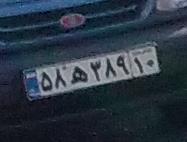
۵۸ه۳۸۹۱۰